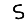
Digit: 5